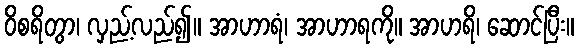
ဝိစရိတွာ၊ လှည့်လည်၍။ အာဟာရံ၊ အာဟာရကို။ အာဟရိ၊ ဆောင်ပြီး။